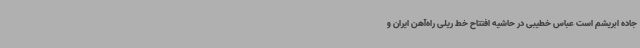
جاده ابریشم است عباس خطیبی در حاشیه افتتاح خط ریلی راه‌آهن ایران و